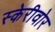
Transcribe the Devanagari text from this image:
स्केरीवोर